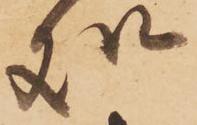
処